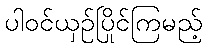
ပါဝင်ယှဉ်ပြိုင်ကြမည့်